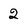
Character: 2